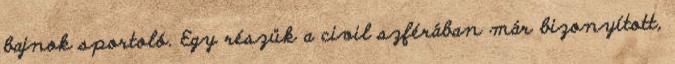
bajnok sportoló. Egy részük a civil szférában már bizonyított,